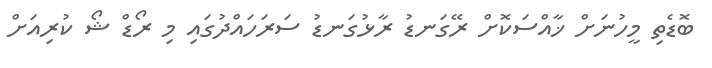
ބޮޑެތި މީހުނަށް ޚާއްސަކޮށް ރޭގަނޑު ރާޅުގަނޑު ސަރަހައްދުގައި މި ރޯޑް ޝޯ ކުރިއަށް